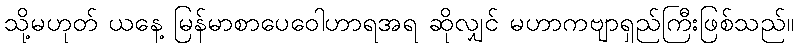
သို့မဟုတ် ယနေ့ မြန်မာစာပေဝေါဟာရအရ ဆိုလျှင် မဟာကဗျာရှည်ကြီးဖြစ်သည်။